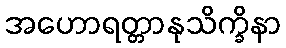
အဟောရတ္တာနုသိက္ခိနာ